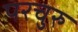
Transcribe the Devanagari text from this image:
परचुरु